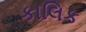
કાલિક